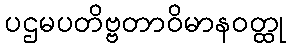
ပဌမပတိဗ္ဗတာဝိမာနဝတ္ထု